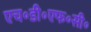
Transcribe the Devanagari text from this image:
एच॰डी॰एफ॰सी॰